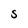
Character: S